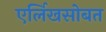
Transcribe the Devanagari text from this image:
एर्लिखसोबत